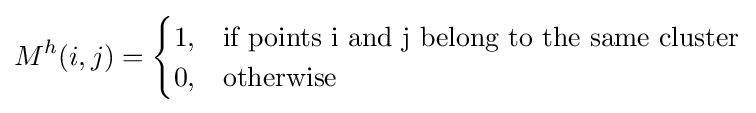
M^{h}(i,j)={\begin{cases}1,&{\text{if}}{\text{ points i and j belong to the same cluster}}\\0,&{\text{otherwise}}\end{cases}}